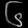
Digit: ၆